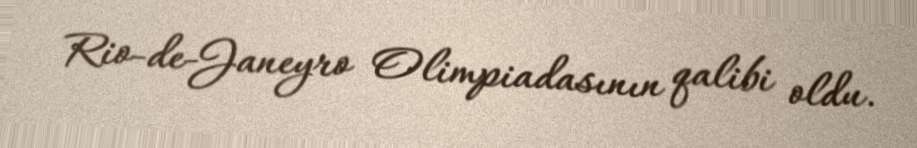
Rio-de-Janeyro Olimpiadasının qalibi oldu.